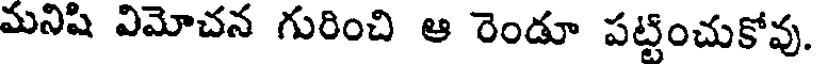
మనిషి విమోచన గురించి ఆ రెండూ పట్టించుకోవు.